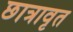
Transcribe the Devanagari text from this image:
छात्रावृत